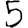
Digit: 5